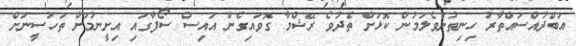
އަބްދުއްސައްތާރު ހިނިތުންވެލަމުން ކޮޅަށް ތެދުވެ ރޭޝްމާ ގޮވައިގެން އައިސް ސޯފާގައި އިށީނުމަށް ތަހުސީނަށް